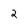
Character: 2